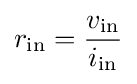
r_{\text{in}}={\frac {v_{\text{in}}}{i_{\text{in}}}}